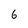
Character: 6